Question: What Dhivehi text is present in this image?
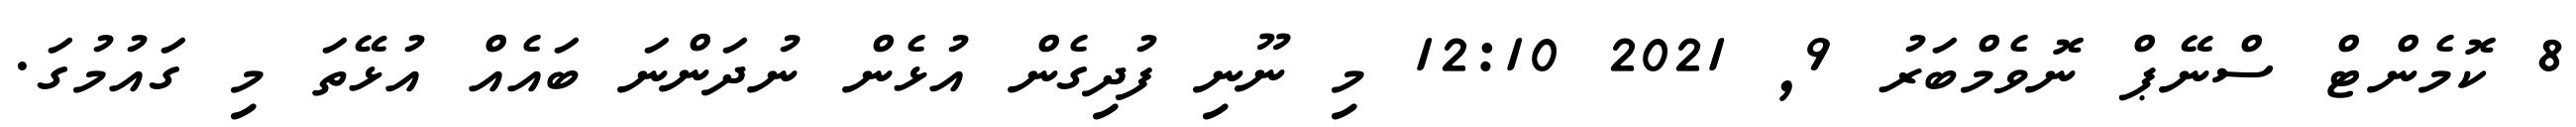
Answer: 8 ކޮމެންޓް ސްނޭޕް ނޮވެމްބަރު 9, 2021 12:10 މި ނޫނި ފުދިގެން އުޅެން ނުދަންނަ ބައެއް އުޅޭތަ މި ގައުމުގަ.